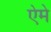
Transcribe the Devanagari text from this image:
ऐमे